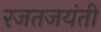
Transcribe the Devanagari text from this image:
रजतजयंती